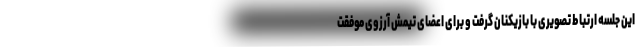
این جلسه ارتباط تصویری با بازیکنان گرفت و برای اعضای تیمش آرزوی موفقت